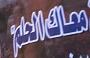
معاكالحلم